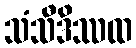
သံသီဒိဿထ